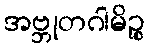
အဗ္ဘုတဂါမိဉ္စ